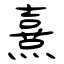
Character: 熹